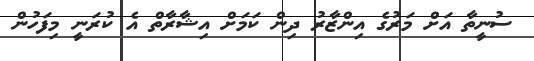
ސުނީތާ އަށް މަރުގެ އިންޒާރު ދިން ކަމަށް އިޝާރާތް އެ ކުރަނީ މިފަހުން